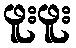
ဖူးဖူး